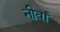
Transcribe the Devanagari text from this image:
नीवां